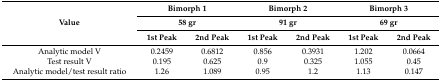
<table><thead><tr><td rowspan="3"><b>Value</b></td><td colspan="2"><b>Bimorph 1</b></td><td colspan="2"><b>Bimorph 2</b></td><td colspan="2"><b>Bimorph 3</b></td></tr><tr><td colspan="2"><b>58 gr</b></td><td colspan="2"><b>91 gr</b></td><td colspan="2"><b>69 gr</b></td></tr><tr><td><b>1st Peak</b></td><td><b>2nd Peak</b></td><td><b>1st Peak</b></td><td><b>2nd Peak</b></td><td><b>1st Peak</b></td><td><b>2nd Peak</b></td></tr></thead><tbody><tr><td>Analytic model V</td><td>0.2459</td><td>0.6812</td><td>0.856</td><td>0.3931</td><td>1.202</td><td>0.0664</td></tr><tr><td>Test result V</td><td>0.195</td><td>0.625</td><td>0.9</td><td>0.325</td><td>1.055</td><td>0.45</td></tr><tr><td>Analytic model/test result ratio</td><td>1.26</td><td>1.089</td><td>0.95</td><td>1.2</td><td>1.13</td><td>0.147</td></tr></tbody></table>